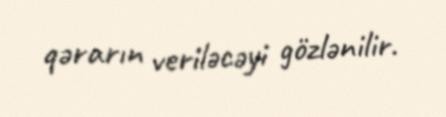
qərarın veriləcəyi gözlənilir.